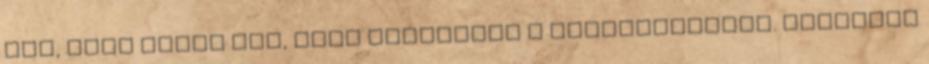
szó, hogy azért fáj, mert elfojtjuk a jóravalóságot. Csípőből